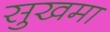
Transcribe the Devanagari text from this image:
सुखमा